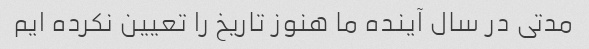
مدتی در سال آینده ما هنوز تاریخ را تعیین نکرده ایم